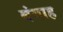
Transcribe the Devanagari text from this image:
बंगाह